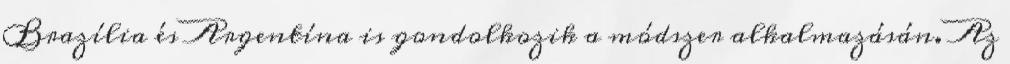
Brazília és Argentína is gondolkozik a módszer alkalmazásán. Az